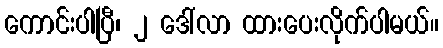
ကောင်းပါပြီ၊ ၂ ဒေါ်လာ ထားပေးလိုက်ပါမယ်။